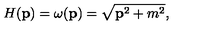
H ( { \bf p } ) = \omega ( { \bf p } ) = \sqrt { { \bf p } ^ { 2 } + m ^ { 2 } } ,